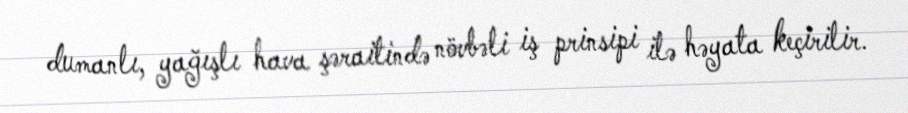
dumanlı, yağışlı hava şəraitində növbəli iş prinsipi ilə həyata keçirilir.